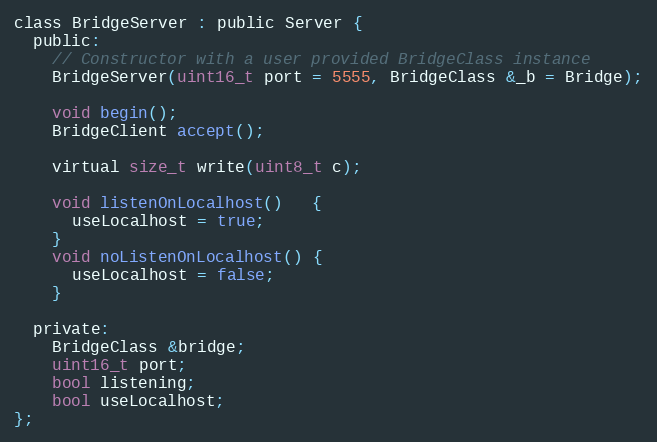
Language: C
class BridgeServer : public Server {
  public:
    // Constructor with a user provided BridgeClass instance
    BridgeServer(uint16_t port = 5555, BridgeClass &_b = Bridge);

    void begin();
    BridgeClient accept();

    virtual size_t write(uint8_t c);

    void listenOnLocalhost()   {
      useLocalhost = true;
    }
    void noListenOnLocalhost() {
      useLocalhost = false;
    }

  private:
    BridgeClass &bridge;
    uint16_t port;
    bool listening;
    bool useLocalhost;
};